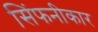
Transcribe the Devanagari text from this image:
सिंफनीकार